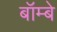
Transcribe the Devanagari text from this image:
बॉम्‍बे